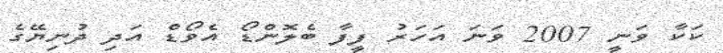
ކަކާ ވަނީ 2007 ވަނަ އަހަރު ފީފާ ބެލޮންޑޯ އެވޯޑް އަދި ދުނިޔޭގެ